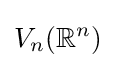
V_{n}(\mathbb {R} ^{n})